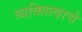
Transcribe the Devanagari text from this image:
व्यक्तित्वाचे